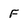
Character: F